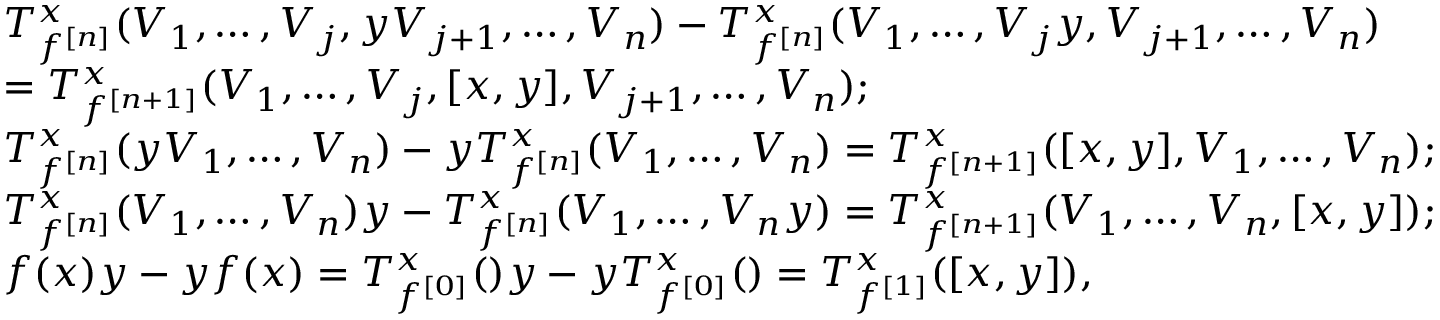
\begin{array} { r l } & { T _ { f ^ { [ n ] } } ^ { x } ( V _ { 1 } , \ldots , V _ { j } , y V _ { j + 1 } , \ldots , V _ { n } ) - T _ { f ^ { [ n ] } } ^ { x } ( V _ { 1 } , \ldots , V _ { j } y , V _ { j + 1 } , \ldots , V _ { n } ) } \\ & { = T _ { f ^ { [ n + 1 ] } } ^ { x } ( V _ { 1 } , \ldots , V _ { j } , [ x , y ] , V _ { j + 1 } , \ldots , V _ { n } ) ; } \\ & { T _ { f ^ { [ n ] } } ^ { x } ( y V _ { 1 } , \ldots , V _ { n } ) - y T _ { f ^ { [ n ] } } ^ { x } ( V _ { 1 } , \ldots , V _ { n } ) = T _ { f ^ { [ n + 1 ] } } ^ { x } ( [ x , y ] , V _ { 1 } , \ldots , V _ { n } ) ; } \\ & { T _ { f ^ { [ n ] } } ^ { x } ( V _ { 1 } , \ldots , V _ { n } ) y - T _ { f ^ { [ n ] } } ^ { x } ( V _ { 1 } , \ldots , V _ { n } y ) = T _ { f ^ { [ n + 1 ] } } ^ { x } ( V _ { 1 } , \ldots , V _ { n } , [ x , y ] ) ; } \\ & { f ( x ) y - y f ( x ) = T _ { f ^ { [ 0 ] } } ^ { x } ( ) y - y T _ { f ^ { [ 0 ] } } ^ { x } ( ) = T _ { f ^ { [ 1 ] } } ^ { x } ( [ x , y ] ) , } \end{array}